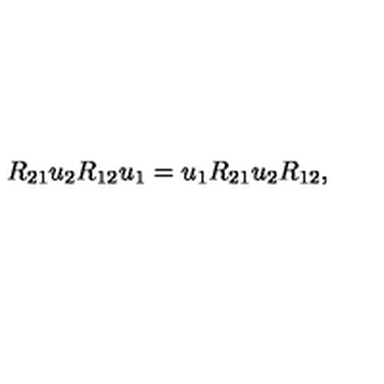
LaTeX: R _ { 2 1 } u _ { 2 } R _ { 1 2 } u _ { 1 } = u _ { 1 } R _ { 2 1 } u _ { 2 } R _ { 1 2 } ,